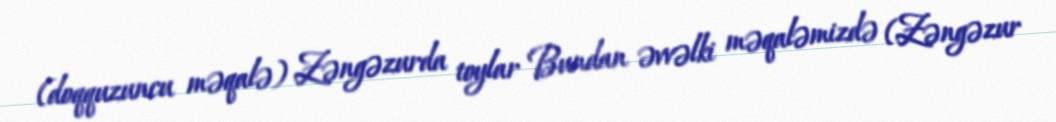
(doqquzuncu məqalə) Zəngəzurda toylar Bundan əvvəlki məqaləmizdə (Zəngəzur